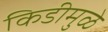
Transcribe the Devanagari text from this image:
किडीमुळे